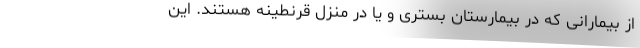
از بیمارانی که در بیمارستان بستری و یا در منزل قرنطینه هستند. این